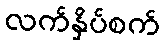
လက်နှိပ်စက်